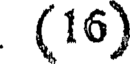
(16)